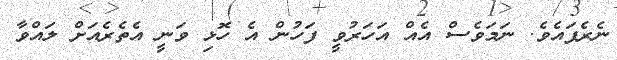
ނެރެފައެވެ. ނަމަވެސް އެއް އަހަރުވީ ފަހުން އެ ހޮޅި ވަނީ އެތެރެއަށް ލައްވާ